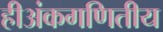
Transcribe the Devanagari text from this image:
हीअंकगणितीय